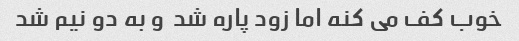
خوب کف می کنه اما زود پاره شد  و به دو نیم شد